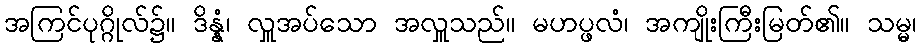
အကြင်ပုဂ္ဂိုလ်၌။ ဒိန္နံ၊ လှူအပ်သော အလှူသည်။ မဟပ္ဖလံ၊ အကျိုးကြီးမြတ်၏။ သမ္မ၊